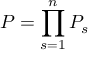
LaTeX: { \cal P } = \prod _ { s = 1 } ^ { n } { { \cal P } } _ { s }